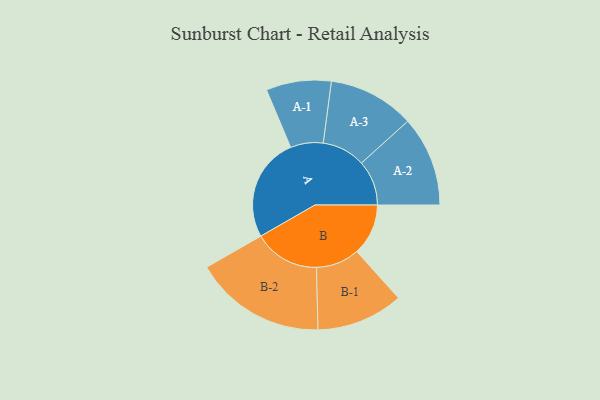
{"axis": {"x": "Segment", "y": "Value"}, "legend": ["", "A", "B"], "data": [{"x": "A", "y": 440, "type": ""}, {"x": "B", "y": 218, "type": ""}, {"x": "A-1", "y": 138, "type": "A"}, {"x": "A-2", "y": 191, "type": "A"}, {"x": "A-3", "y": 183, "type": "A"}, {"x": "B-1", "y": 184, "type": "B"}, {"x": "B-2", "y": 279, "type": "B"}]}